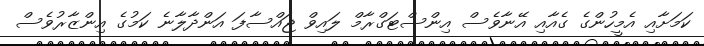
ކަމަށާއި އެމީހުންގެ ގެއާއި އޭނާވެސް އިންސްޓަގްރާމް ލައިވް ޖައްސާފަ އަންދާލާނެ ކަމުގެ އިންޒާރުވެސް